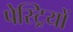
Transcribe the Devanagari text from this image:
पेस्ट्रियों